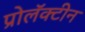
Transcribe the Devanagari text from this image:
प्रोलॅक्टीन